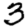
Digit: 3